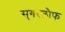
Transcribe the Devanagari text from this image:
सुगरलौफ